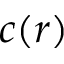
c ( r )